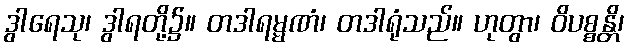
ဒွါရေသု၊ ဒွါရတို့၌။ တဒါရမ္မဏံ၊ တဒါရုံသည်။ ဟုတွာ၊ ဝိပစ္စန္တိ၊